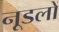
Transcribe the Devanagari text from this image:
नूडलों